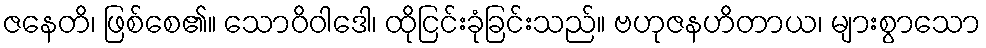
ဇနေတိ၊ ဖြစ်စေ၏။ သောဝိဝါဒေါ၊ ထိုငြင်းခုံခြင်းသည်။ ဗဟုဇနဟိတာယ၊ များစွာသော